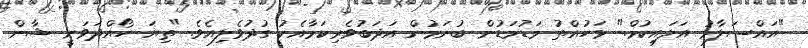
"އައްސަލާމު އަލައިކުމް." ޅަހުއްތު މަޑުމަޑުން ބުނަމުން އަދަބުވެރިކަމާއެކު ގުދުވެލިއެވެ. "ތިޔަ ހޯއްދަވަނީ ޝާން